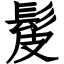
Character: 髲